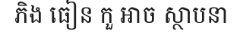
ភិង ធៀន កួ អាច ស្ថាបនា